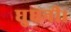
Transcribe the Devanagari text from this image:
घुघनी।